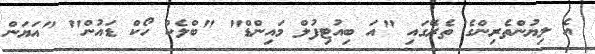
އެ ލިޔުންތެރިންގެ ތެރޭގައި "އަ ބިއުޓިފުލް މައިންޑް" "ބްލެކް ހޯކް ޑައުން" "އަޔަން